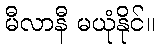
မီလာနီ မယုံနိုင်။